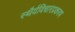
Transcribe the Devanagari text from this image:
स्थैर्यविचारप्रकरण